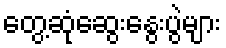
တွေ့ဆုံဆွေးနွေးပွဲများ